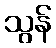
သွန်